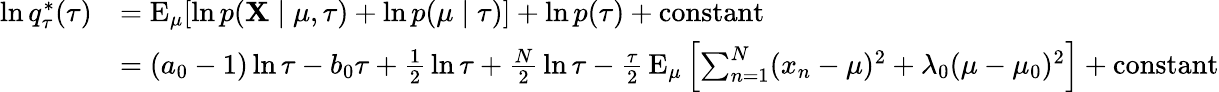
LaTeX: {\begin{array}{rl}{\ln q_{\tau}^{*}(\tau)}&{=\operatorname{E}_{\mu}[\ln p(\mathbf{X}\mid\mu,\tau)+\ln p(\mu\mid\tau)]+\ln p(\tau)+{\mathrm{constant}}}\\ &{=(a_{0}-1)\ln\tau-b_{0}\tau+{\frac{1}{2}}\ln\tau+{\frac{N}{2}}\ln\tau-{\frac{\tau}{2}}\operatorname{E}_{\mu}\left[\sum_{n=1}^{N}(x_{n}-\mu)^{2}+\lambda_{0}(\mu-\mu_{0})^{2}\right]+{\mathrm{constant}}}\end{array}}